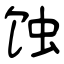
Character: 蚀